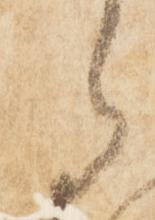
之